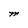
Character: M